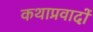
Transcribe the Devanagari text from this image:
कथाप्रवादों